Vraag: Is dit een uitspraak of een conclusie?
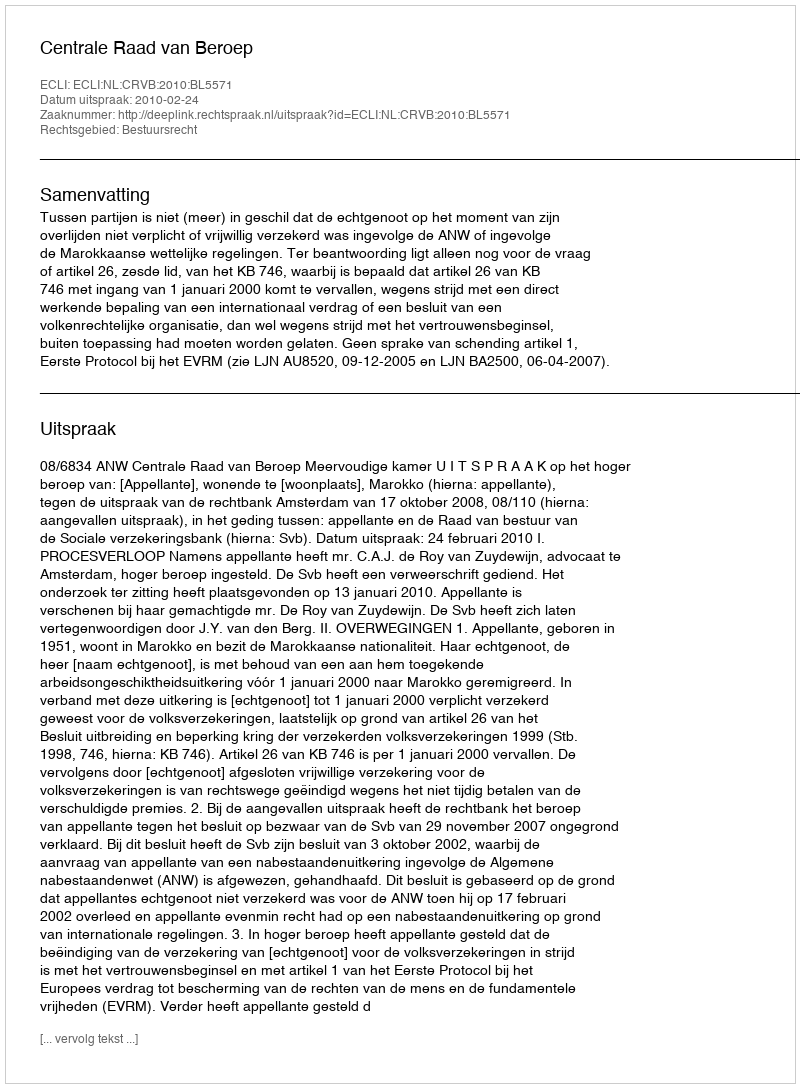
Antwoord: Uitspraak